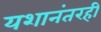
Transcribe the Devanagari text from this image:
यशानंतरही